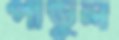
পান্ডুল